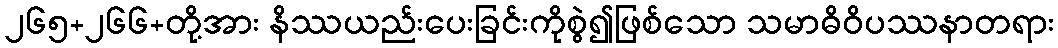
၂၆၅+၂၆၆+တို့အား နိဿယည်းပေးခြင်းကိုစွဲ၍ဖြစ်သော သမာဓိဝိပဿနာတရား